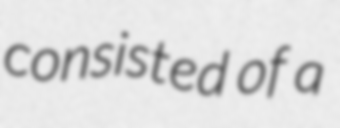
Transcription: consisted of a